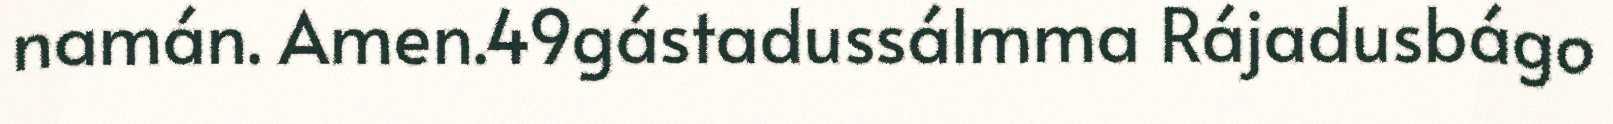
namán. Amen.49gástadussálmma Rájadusbágo